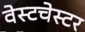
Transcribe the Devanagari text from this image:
वेस्‍टचेस्‍टर